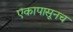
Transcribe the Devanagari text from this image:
एकापासूनच